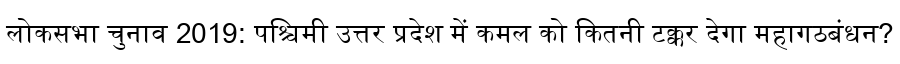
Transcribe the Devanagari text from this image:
लोकसभा चुनाव 2019: पश्चिमी उत्तर प्रदेश में कमल को कितनी टक्कर देगा महागठबंधन?